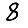
Digit: 8